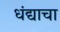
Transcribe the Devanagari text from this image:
धंद्याचा